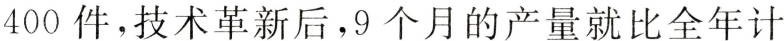
400件，技术革新后，9个月的产量就比全年计